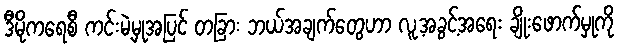
ဒီမိုကရေစီ ကင်းမဲ့မှုအပြင် တခြား ဘယ်အချက်တွေဟာ လူ့အခွင့်အရေး ချိုးဖောက်မှုကို